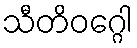
သီတိဝဂ္ဂေါ